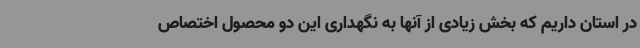
در استان داریم که بخش زیادی از آنها به نگهداری این دو محصول اختصاص